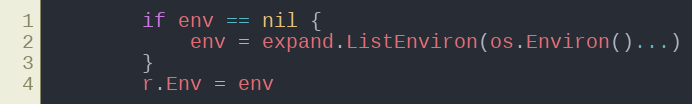
Language: Go
		if env == nil {
			env = expand.ListEnviron(os.Environ()...)
		}
		r.Env = env